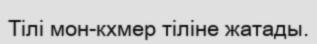
Тілі мон-кхмер тіліне жатады.